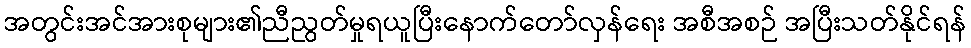
အတွင်းအင်အားစုများ၏ညီညွတ်မှုရယူပြီးနောက်တော်လှန်ရေး အစီအစဉ် အပြီးသတ်နိုင်ရန်